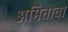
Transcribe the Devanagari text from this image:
अमितावा